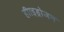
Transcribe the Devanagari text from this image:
हीाइड्रोजन